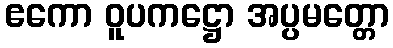
ဧကော ဝူပကဋ္ဌော အပ္ပမတ္တော